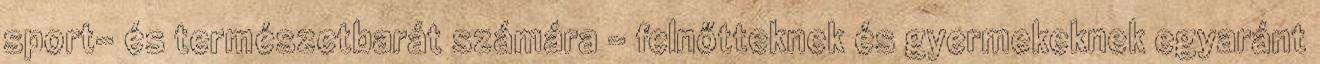
sport- és természetbarát számára – felnőtteknek és gyermekeknek egyaránt